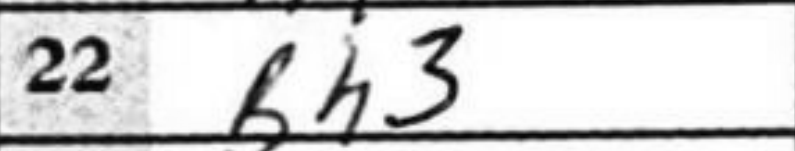
Transcription: Bh3